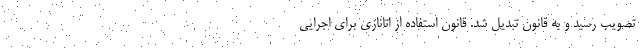
تصویب رسید و به قانون تبدیل شد. قانون استفاده از اتانازی برای اجرایی